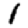
Digit: 1